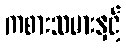
ကစားသမားနှင့်